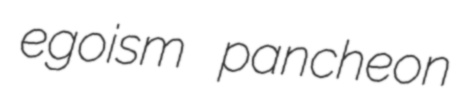
egoism pancheon